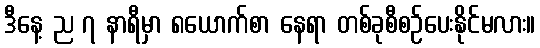
ဒီနေ့ ည ၇ နာရီမှာ ၈ယောက်စာ နေရာ တစ်ခုစီစဉ်ပေးနိုင်မလား။